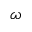
\omega